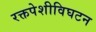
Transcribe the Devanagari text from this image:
रक्तपेशीविघटन